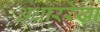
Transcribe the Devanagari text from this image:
अधाररेखा